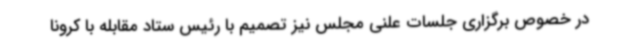
در خصوص برگزاری جلسات علنی مجلس نیز تصمیم با رئیس ستاد مقابله با کرونا